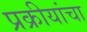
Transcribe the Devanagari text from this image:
प्रक्रीयांचा